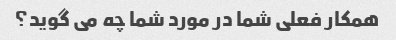
همکار فعلی شما در مورد شما چه می گوید؟